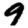
Digit: 9